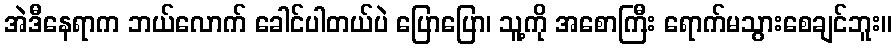
အဲဒီနေရာက ဘယ်လောက် ခေါင်ပါတယ်ပဲ ပြောပြော၊ သူ့ကို အစောကြီး ရောက်မသွားစေချင်ဘူး။